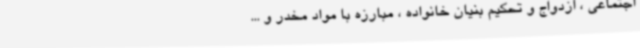
اجتماعی ، ازدواج و تحکیم بنیان خانواده ، مبارزه با مواد مخدر و ...